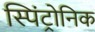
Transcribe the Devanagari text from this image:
स्पिंट्रोनिक